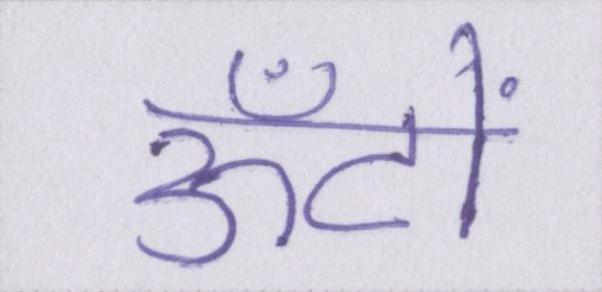
ऊँटों